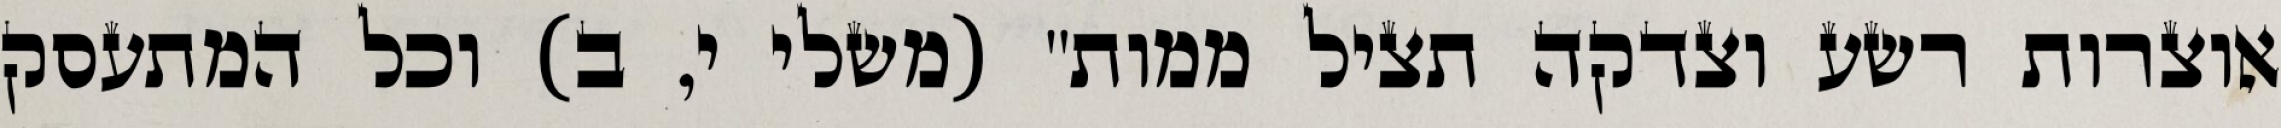
אוצרות רשע וצדקה תציל ממות" (משלי י, ב) וכל המתעסק